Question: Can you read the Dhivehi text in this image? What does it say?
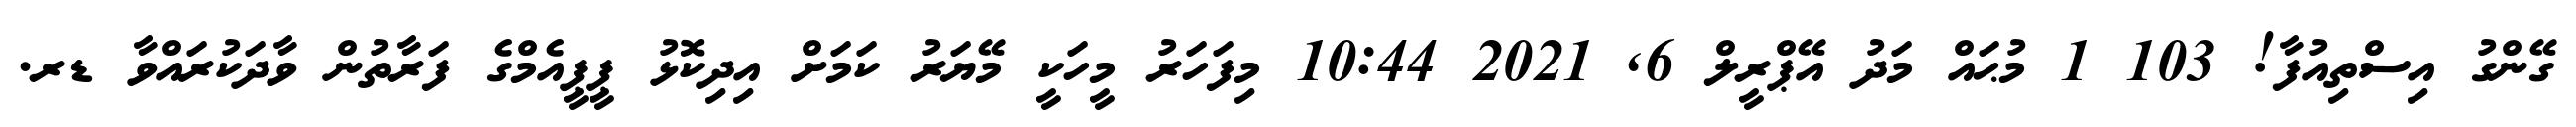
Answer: ގޭންގު އިސްތިއުފާ! 103 1 މުޙައް މަދު އޭޕްރީލް 6, 2021 10:44 މިފަހަރު މީހަކީ މޭޔަރު ކަމަށް އިދިކޮޅު ޕީޕީއެމްގެ ފަރާތުން ވާދަކުރައްވާ ޑރ.